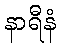
နာရီနံ